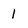
Character: 1